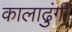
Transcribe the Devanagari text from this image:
कालाढुंगी